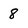
Character: 8